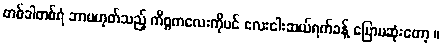
တစ်ခါတစ်ရံ ဘာမဟုတ်သည့် ကိစ္စကလေးကိုပင် လေးငါးဆယ်ရက်ခန့် ပြောမဆုံးတော့ ။